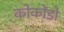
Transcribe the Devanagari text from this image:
कोकोंडो